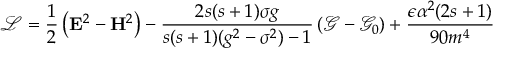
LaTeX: \mathcal { L } = \frac 1 2 \left( \mathbf { E } ^ { 2 } - \mathbf { H } ^ { 2 } \right) - \frac { 2 s ( s + 1 ) \sigma g } { s ( s + 1 ) ( g ^ { 2 } - \sigma ^ { 2 } ) - 1 } \left( \mathcal { G } - \mathcal { G } _ { 0 } \right) + \frac { \epsilon \alpha ^ { 2 } ( 2 s + 1 ) } { 9 0 m ^ { 4 } }